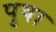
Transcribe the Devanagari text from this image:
पुषा